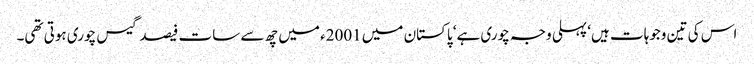
اس کی تین وجوہات ہیں‘ پہلی وجہ چوری ہے‘ پاکستان میں 2001ء میں چھ سے سات فیصد گیس چوری ہوتی تھی۔